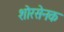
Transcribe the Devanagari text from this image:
शोरसेनक